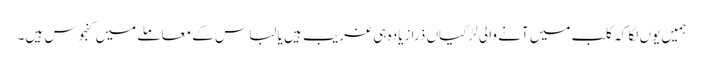
ہمیں یوں لگا کہ کلب میں آنے والی لڑکیاں ذرا زیادہ ہی غریب ہیں یا لباس کے معاملے میں کنجوس ہیں۔